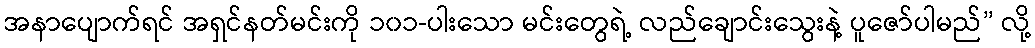
အနာပျောက်ရင် အရှင်နတ်မင်းကို ၁၀၁-ပါးသော မင်းတွေရဲ့ လည်ချောင်းသွေးနဲ့ ပူဇော်ပါမည်” လို့